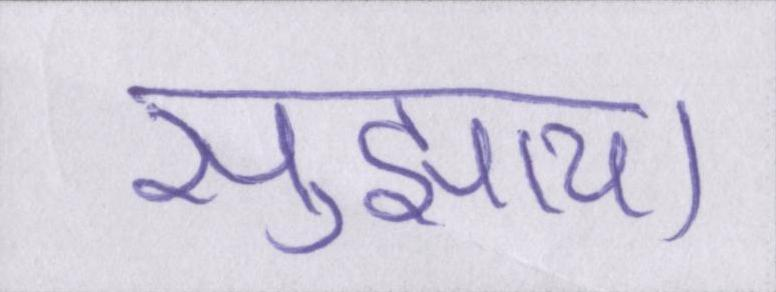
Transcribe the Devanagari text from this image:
सुझाया